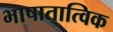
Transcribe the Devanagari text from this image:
भाषातात्विक